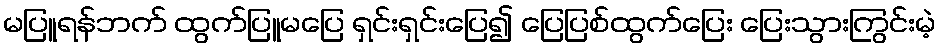
မပြူရန်ဘက် ထွက်ပြူမပြေ ရှင်းရှင်းပြေ၍ ပြေပြစ်ထွက်ပြေး ပြေးသွားကြွင်းမဲ့